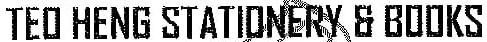
TEO HENG STATIONERY & BOOKS